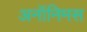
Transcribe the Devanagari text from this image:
अनॉनिमस